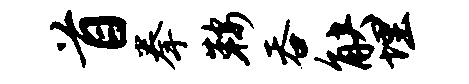
首拳鞍吞觖埋